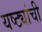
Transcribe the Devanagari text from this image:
यष्ट्यांची